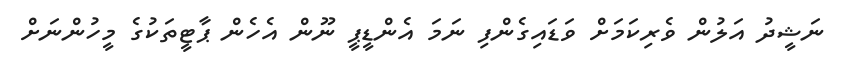
ނަޝީދު އަލުން ވެރިކަމަށް ވަޑައިގެންފި ނަމަ އެންޑީޕީ ނޫން އެހެން ޕާޓީތަކުގެ މީހުންނަށް